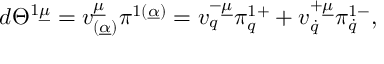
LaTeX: d \Theta ^ { 1 \underline { { \mu } } } = v _ { ( \underline { { \alpha } } ) } ^ { \underline { { \mu } } } \pi ^ { 1 ( \underline { { \alpha } } ) } = v _ { q } ^ { - \underline { { \mu } } } \pi _ { q } ^ { 1 + } + v _ { \dot { q } } ^ { + \underline { { \mu } } } \pi _ { \dot { q } } ^ { 1 - } ,